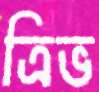
ত্রিভ